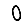
Digit: 0